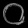
Digit: ၀